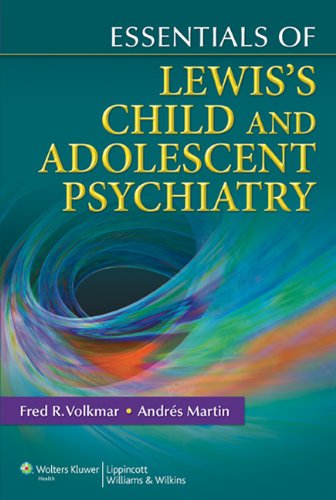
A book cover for Essentials of Lewis's Child and Adolescent Psychiatry (Essentials Of... (Lippincott Williams & Wilkins)); Fred R. Volkmar MD; Medical Books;